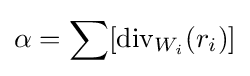
\alpha =\sum [\operatorname {div} _{W_{i}}(r_{i})]